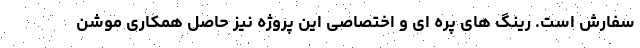
سفارش است. رینگ های پره ای و اختصاصی این پروژه نیز حاصل همکاری موشن